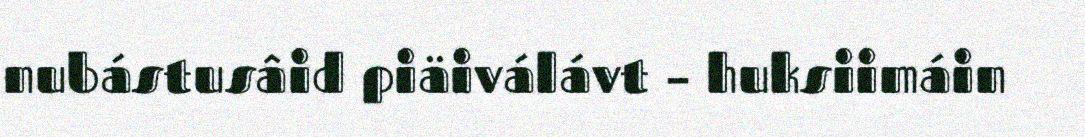
nubástusâid piäiválávt – huksiimáin